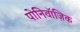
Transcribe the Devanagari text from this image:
पोनिवॉज़िक